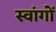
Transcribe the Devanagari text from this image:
स्वांगों